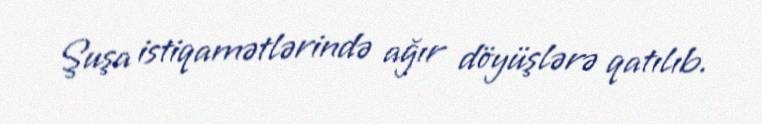
Şuşa istiqamətlərində ağır döyüşlərə qatılıb.